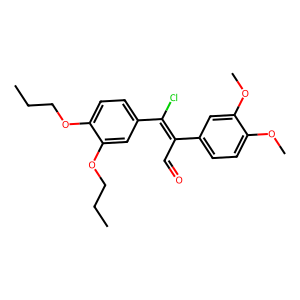
SMILES: CCCOc1ccc(C(Cl)=C(C=O)c2ccc(OC)c(OC)c2)cc1OCCC
Inhibits HIV replication: No